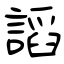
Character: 謟